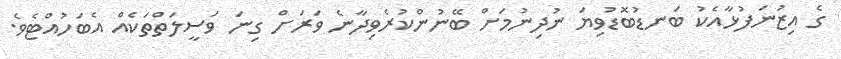
ގެ އިޒުނަފުޅާއެކު ބަނޑުބޮޑުވިޔަ ނުދިނުމަށް ބޭނުންކުރެވިދާނެ ވަރަށް ގިނަ ވަސީލަތްތަކެއް އެބަހުއްޓެވެ.